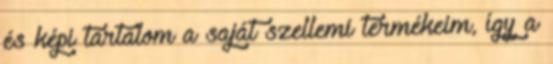
és képi tartalom a saját szellemi termékeim, így a